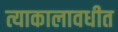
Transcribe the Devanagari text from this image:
त्याकालावधीत